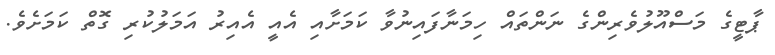
ޕާޓީގެ މަސްއޫލުވެރިންގެ ނަންތައް ހިމަނާފައިނުވާ ކަމަށާއި އެއީ އެއިރު އަމަލުކުރި ގޮތް ކަމަށެވެ.